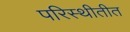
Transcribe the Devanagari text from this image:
परिस्थीतीत